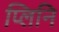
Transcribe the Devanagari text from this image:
प्लिनि